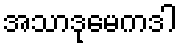
အသာဒုမေကဒါ